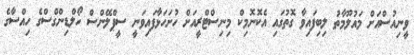
ވީނިއުސްއަށް މައުލޫމާތު ލިބިފައިވާ ގޮތުގައި އެކޮނޮމިކް މިނިސްޓްރީއަށް ހުށަހަޅާފައިވަނީ ސީޕްލޭންސް ހޯލްޑިންގްސްގެ ހިއްސާގެ